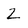
Character: 2